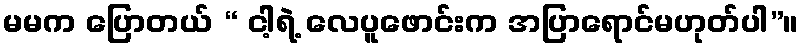
မမက ပြောတယ် “ ငါ့ရဲ့ လေပူဖောင်းက အပြာရောင်မဟုတ်ပါ”။